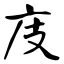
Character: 庋